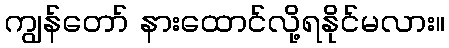
ကျွန်တော် နားထောင်လို့ရနိုင်မလား။